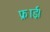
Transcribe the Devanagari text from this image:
फ्राई।